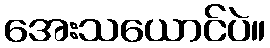
အေးသယောင်ပဲ။